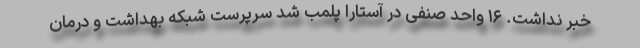
خبر نداشت. ۱۶ واحد صنفی در آستارا پلمب شد سرپرست شبکه بهداشت و درمان